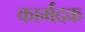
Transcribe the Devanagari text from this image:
कार्मदक